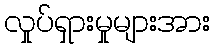
လှုပ်ရှားမှုများအား